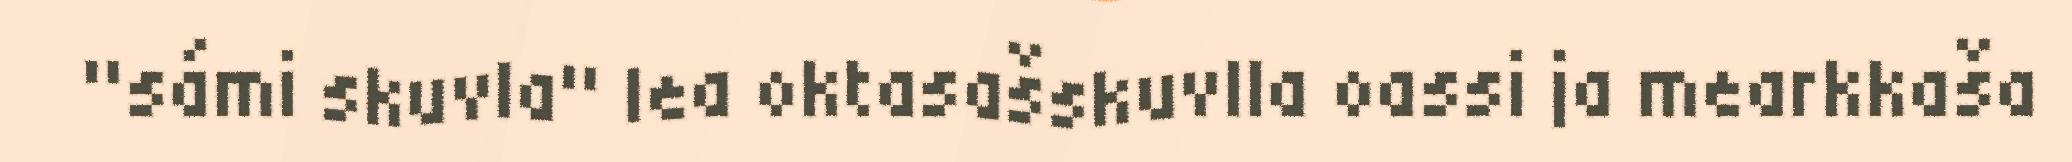
"sámi skuvla" lea oktasašskuvlla oassi ja mearkkaša